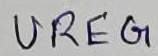
Text: UREG